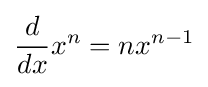
{\frac {d}{dx}}x^{n}=nx^{n-1}